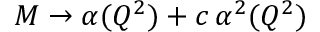
{ \cal M } \to \alpha ( Q ^ { 2 } ) + c \, \alpha ^ { 2 } ( Q ^ { 2 } )